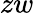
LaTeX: zw